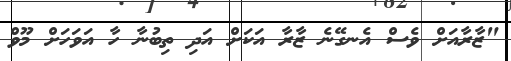
"ޒާރާއަށް ވެސް އެނގޭނެ ޒާރާ އަކަށް އަދި ތިބުނާ ހާ އަވަހަށް މޫވް